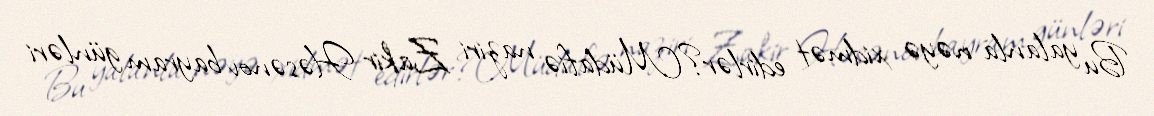
Bu yalanla nəyə xidmət edirlər?Müdafiə naziri Zakir Həsənov bayram günləri